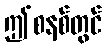
ဤစနစ်တွင်